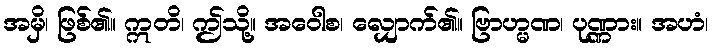
အမှိ၊ ဖြစ်၏။ ဣတိ၊ ဤသို့။ အဝေါစ၊ လျှောက်၏။ ဗြာဟ္မဏ၊ ပုဏ္ဏား။ အဟံ၊